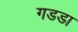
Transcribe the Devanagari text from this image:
गडडा